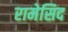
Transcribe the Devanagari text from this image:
रामेसिद